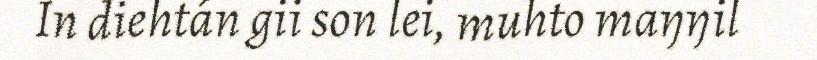
In diehtán gii son lei, muhto maŋŋil